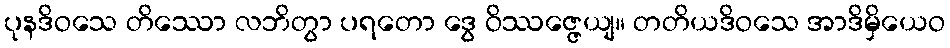
ပုနဒိဝသေ တိဿော လဘိတွာ ပရတော ဒွေ ဝိဿဇ္ဇေယျ။ တတိယဒိဝသေ အာဒိမှိယေဝ